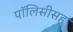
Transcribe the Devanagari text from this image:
पॉलिसीसह